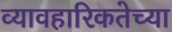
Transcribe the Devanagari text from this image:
व्यावहारिकतेच्या